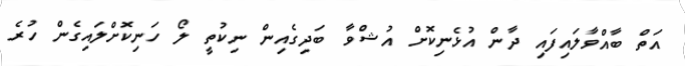
އަތް ބާއްވާލައިފައި ދާން އުޅެނިކޮށް އުޝްވާ ބަދިގެއިން ނިކުތީ ލޯ ހަނިކޮށްލައިގެން ހުރެ